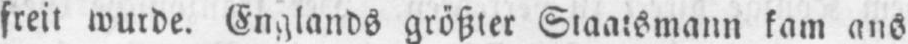
freit wurde. Englands größter Staatsmann kam ans